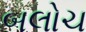
બલોચ